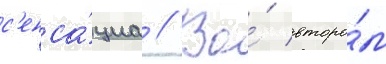
с'енса́циа // Во́ второ́м